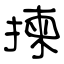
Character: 揀